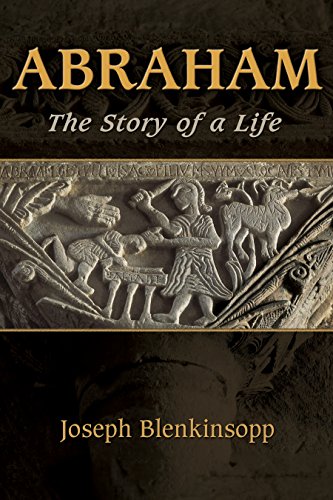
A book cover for Abraham: The Story of a Life; Joseph Blenkinsopp; Christian Books & Bibles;